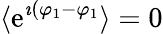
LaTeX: \langle\mathrm{e}^{\imath(\varphi_{1}-\varphi_{1}}\rangle=0